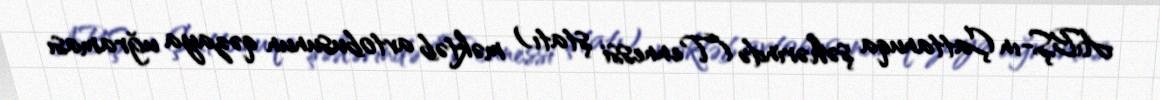
ABŞ-ın Çattanuqa şəhərində (Tennessi ştatı) məktəb avtobusunun qəzaya uğraması